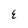
Character: E